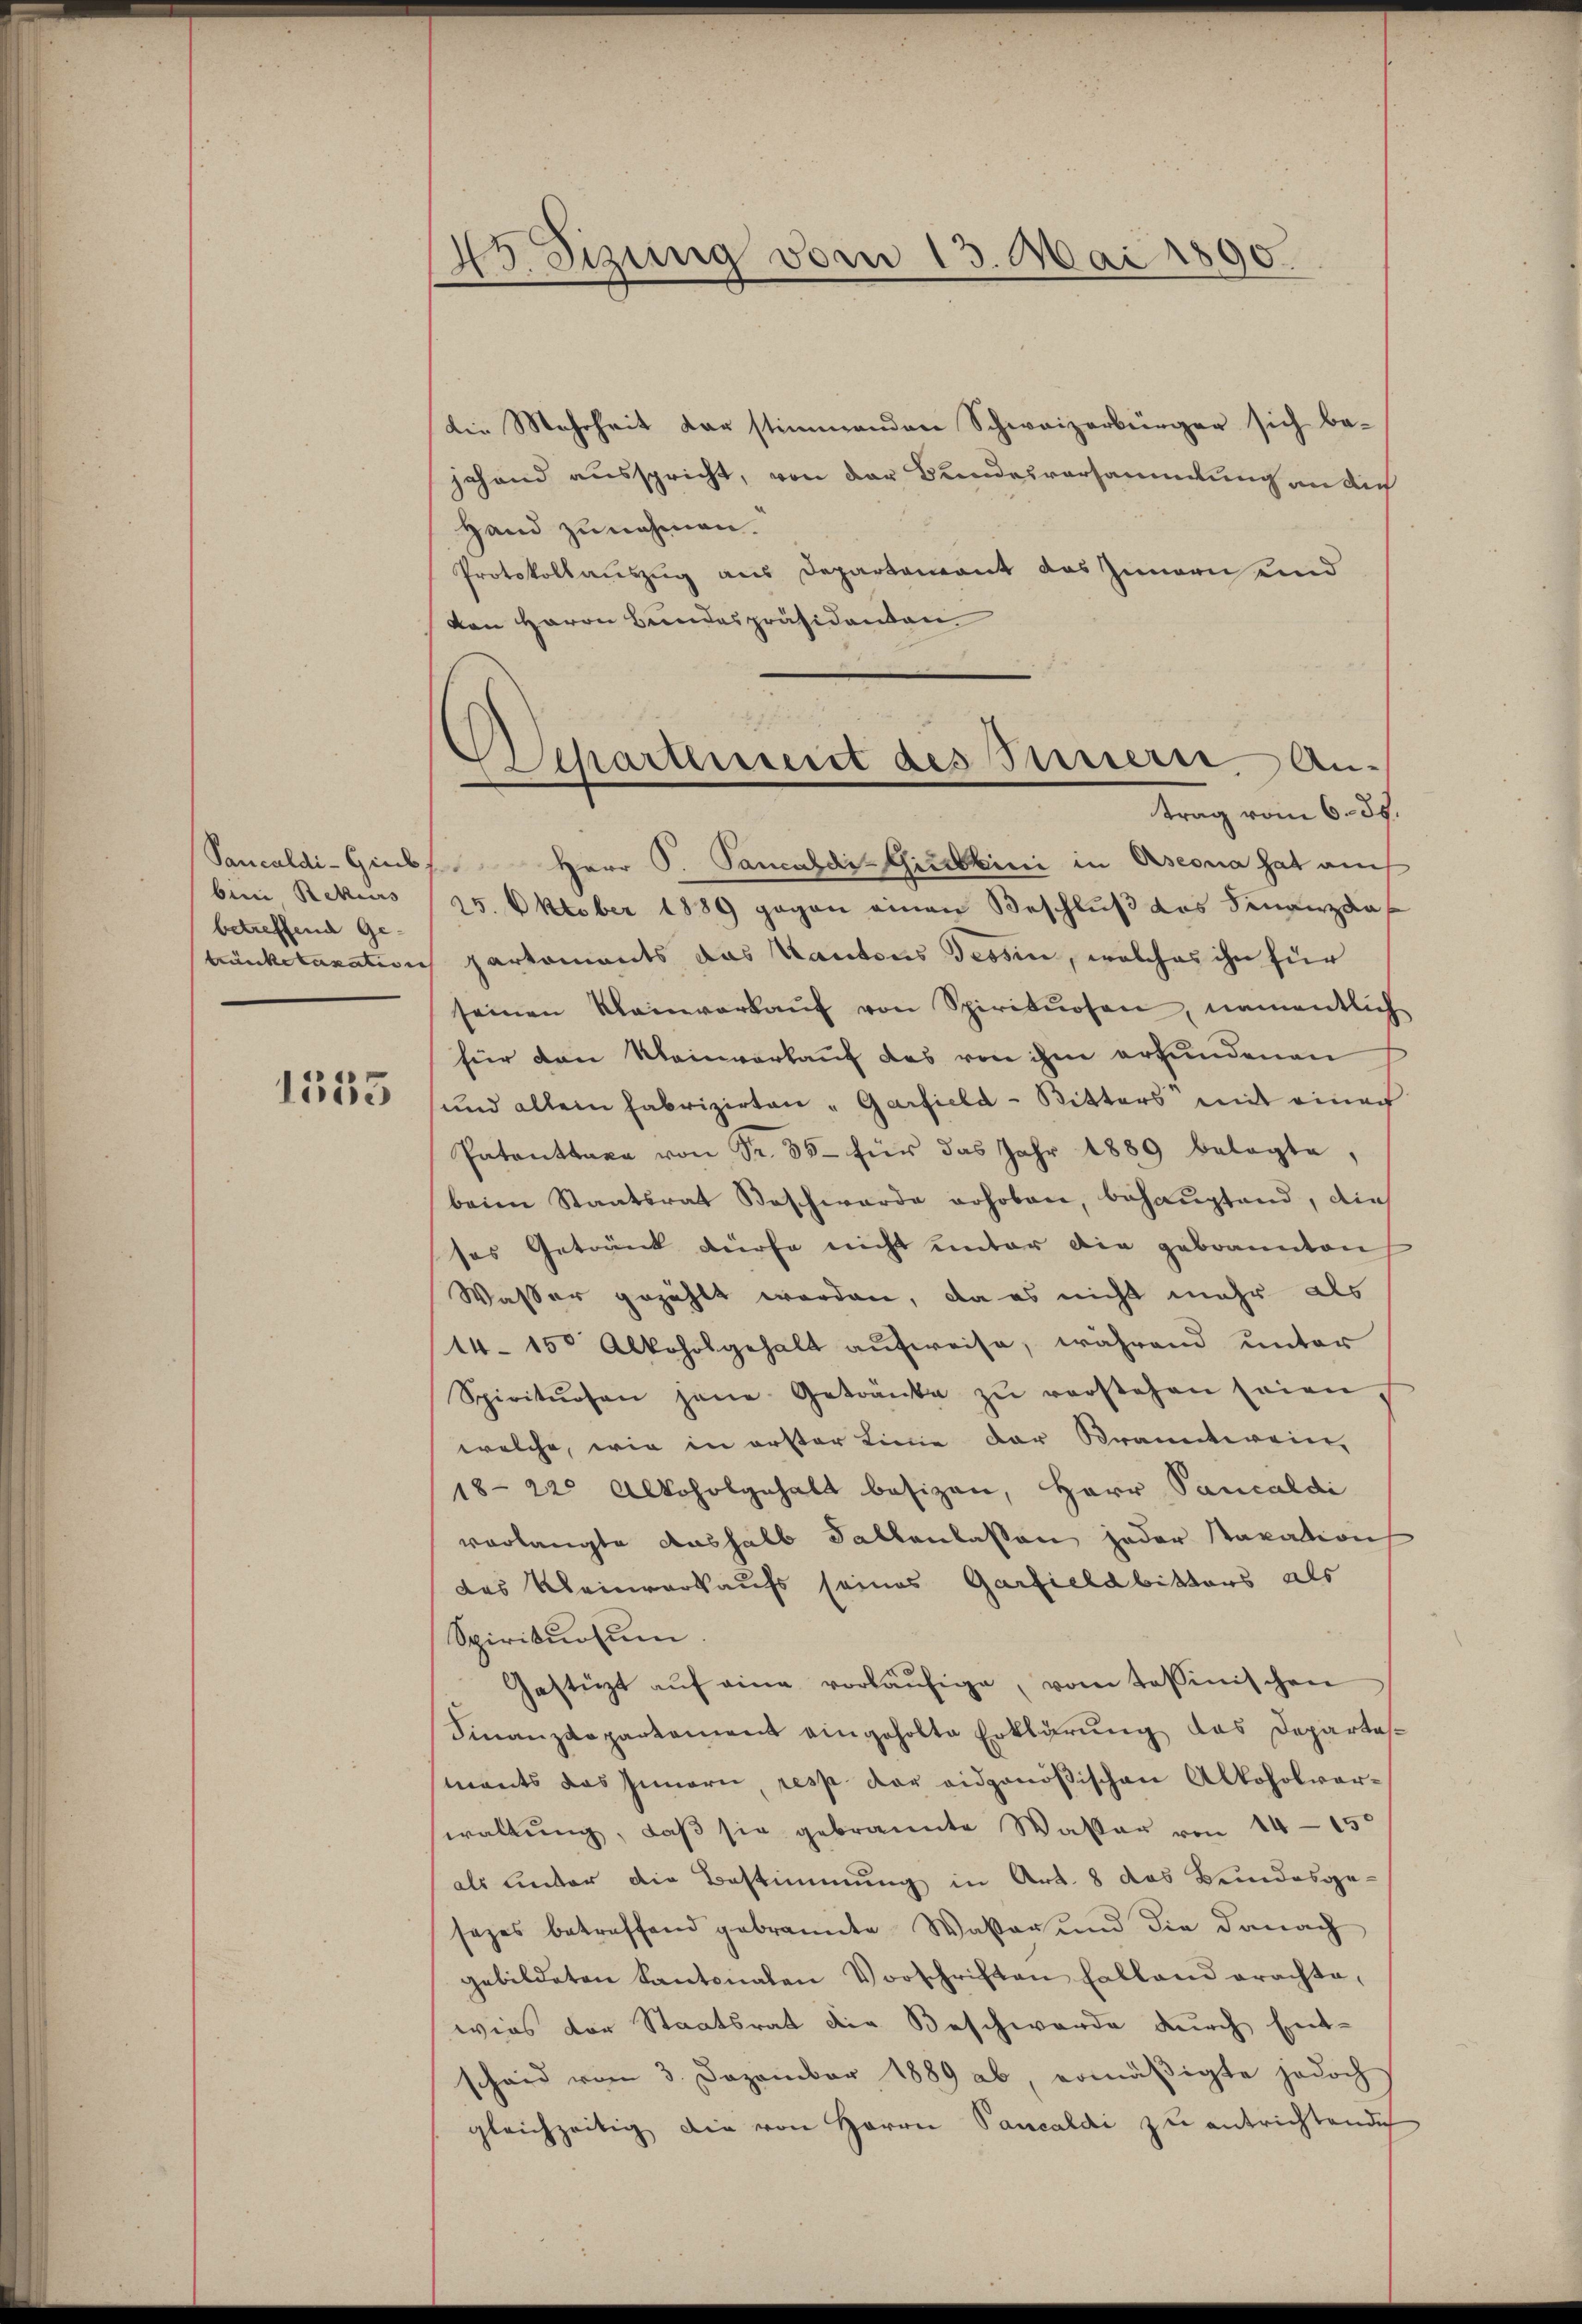
bine Rekurs
betreffend Ge-

1335

45. Sizung vom 13. Mai 1890.

die Mehrheit der stimmenden Schweizerbürger sich bejehand ausspricht, von der Bundesversammlung an die
Hand zu nehmen.
Protokollauszug aus Departement das Innern und
von Haron Bundespräsidenten.
Pancaldi-Giubs Herr P. Pancaldi-Gieskini in Aseona hat auch
25. Oktober 1889 gegen einen Beschluß das Finanzdaf
tränketaxation partements das Kantons Tessin, welches ihn für
seinen Kleinverkaŭf von Spirituosen, namentlich
für den Kleinverkauf des von ihm erfundenen
und allein Fabrizirten „Garfield - Ritters mit einer
Patanttaxe von Fr. 35 für das Jahr 1889 belagte,
beim Staatsrat Beschwerde erhoben, behauptand, die
ses Getränk dürfe nicht unter die gebrannten
Wasser gezählt worden, da es nicht mehr als
14 15 Alkoholgehalt aufweise, während unter
Spirituosen jene Getränke zŭ verstehen seien,
welche, wie in erster Linie der Branntwein,
18-22 Alkoholgehalt besizen, Herr Pancaldi
verlangte deshalb Sallenlassen jeder Staxation
das Kleinverkaufs seines Garfield bitters als
Spiriturum
Gestüzt aŭf eine vorläŭfige, vom Tessinischen
Finanzdepartament eingeholte Erklärung das Departasmants das Innern, resp. der eidgenößischen Alkoholverwaltŭng, daβ sie gebrannte Wasser von 14-15
als unter die Bestimmung in Art. 8 das Bundesgesezes betreffend gebrannte Waser und die danach
gebildeten Kantonalen Vorschriften halland erachte,
wies der Staatsrat die Beschwerde durch Entscheid vom 3. Dezember 1889 ab, ermäßigte jedoch
gleichzeitig die von Herrn Pancaldi zu entrichtende

Departement des Innern Antrag vom 6. 35.